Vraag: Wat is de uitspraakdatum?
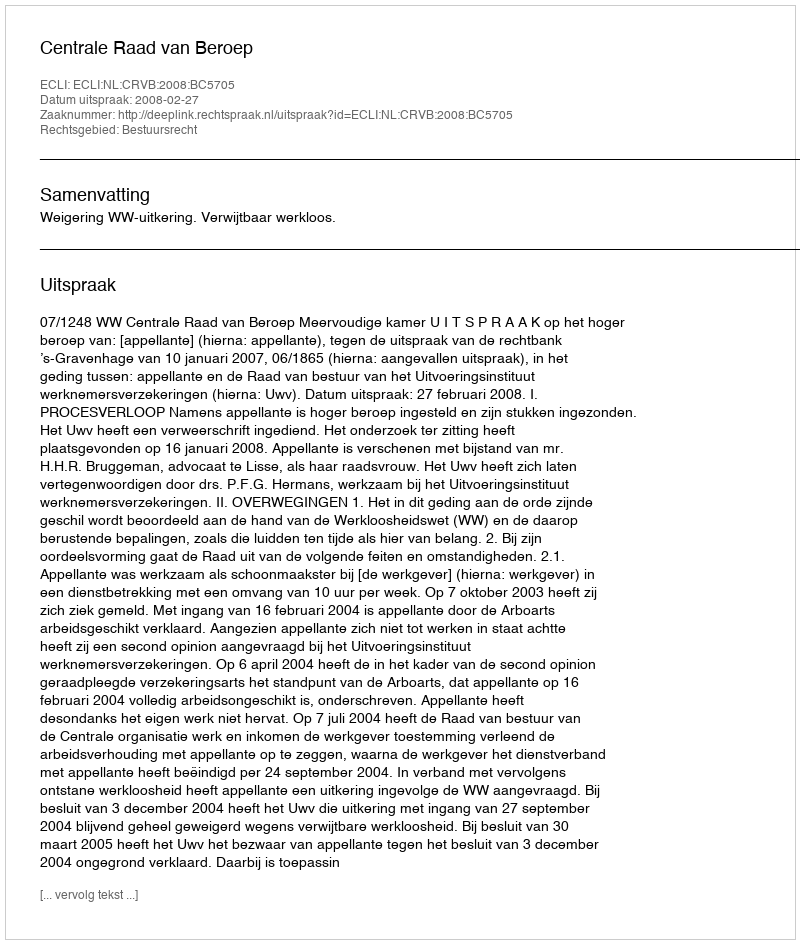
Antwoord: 2008-02-27